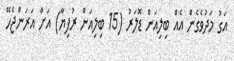
އަގު މަދުވެގެން އެއް ބިލިއަން ޑޮލަރު (15 ބިލިއަން ރުފިޔާ) އަށް އަރަންޖެހޭ